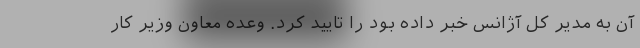
آن به مدیر کل آژانس خبر داده بود را تایید کرد. وعده معاون وزیر کار